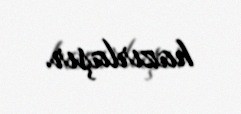
hazırlaşır.